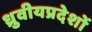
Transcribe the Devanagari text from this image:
ध्रुवीयप्रदेशों